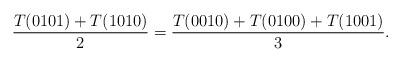
LaTeX: \begin{align*} \frac{T(0101)+T(1010)}{2}=\frac{T(0010)+T(0100)+T(1001)}{3}.\end{align*}